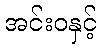
အင်းဝနှင့်